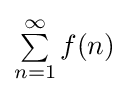
{\textstyle \sum \limits _{n=1}^{\infty }f(n)}